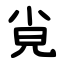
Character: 㝸